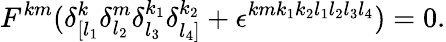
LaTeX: F^{km}(\delta_{[l_{1}}^{k}\delta_{l_{2}}^{m}\delta_{l_{3}}^{k_{1}}\delta_{l_{4}]}^{k_{2}}+\epsilon^{kmk_{1}k_{2}l_{1}l_{2}l_{3}l_{4}})=0.